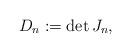
LaTeX: \begin{align*}D_{n}:=\det J_{n},\end{align*}